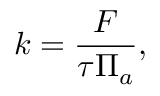
k = \frac { F } { \tau \Pi _ { a } } ,